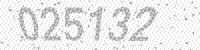
Solution: 025132